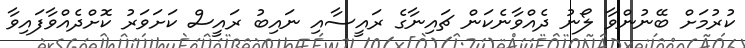
ކުރުމަށް ބޭނުންވާ ލޯނު ދެއްވާނެކަން ޗައިނާގެ ރައީސާއި ނައިބު ރައީސް ކަށަވަރު ކޮށްދެއްވާފައިވާ